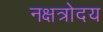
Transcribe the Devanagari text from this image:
नक्षत्रोदय